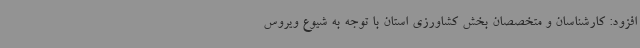
افزود: کارشناسان و متخصصان بخش کشاورزی استان با توجه به شیوع ویروس